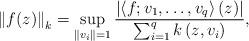
LaTeX: \begin{align*}\left\Vert f(z)\right\Vert _{k}=\sup_{\left\Vert v_{i}\right\Vert =1}\frac{\left|\left\langle f;v_{1},\ldots,v_{q}\right\rangle (z)\right|}{\sum_{i=1}^{q}k\left(z,v_{i}\right)},\end{align*}